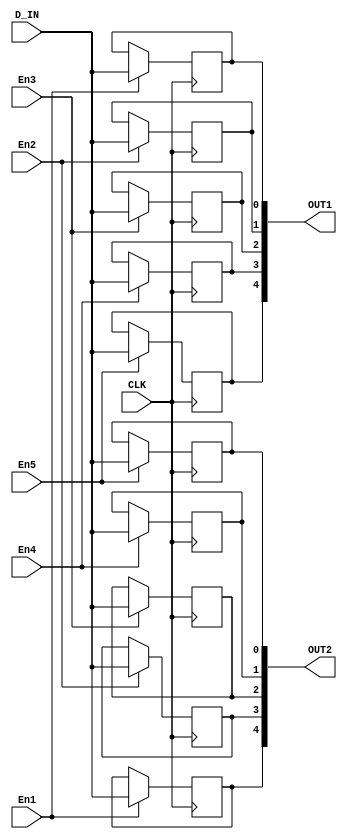
`timescale 1ns / 1ps
module Test8(input CLK, input En1, input En2, input En3, input En4, input En5,input D_IN, output reg [4:0] OUT1, output reg [4:0] OUT2);

    always@(posedge CLK) begin
        if(En1)
            OUT1[0] <= D_IN;
    end
    always@(posedge CLK) begin
        if(En2)
            OUT1[1] <= D_IN;
    end
    always@(posedge CLK) begin
        if(En3)
            OUT1[2] <= D_IN;
    end
    always@(posedge CLK) begin
        if(En4)
            OUT1[3] <= D_IN;
    end
    always@(posedge CLK) begin
        if(En5)
            OUT1[4] <= D_IN;
    end

    always@(posedge CLK) begin
        if(En5)
            OUT2[0] <= D_IN;
    end
    always@(posedge CLK) begin
        if(En4)
            OUT2[1] <= D_IN;
    end
    always@(posedge CLK) begin
        if(En3)
            OUT2[2] <= D_IN;
    end
    always@(posedge CLK) begin
        if(En2)
            OUT2[3] <= D_IN;
    end
    always@(posedge CLK) begin
        if(En1)
            OUT2[4] <= D_IN;
    end
endmodule